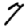
Digit: 7